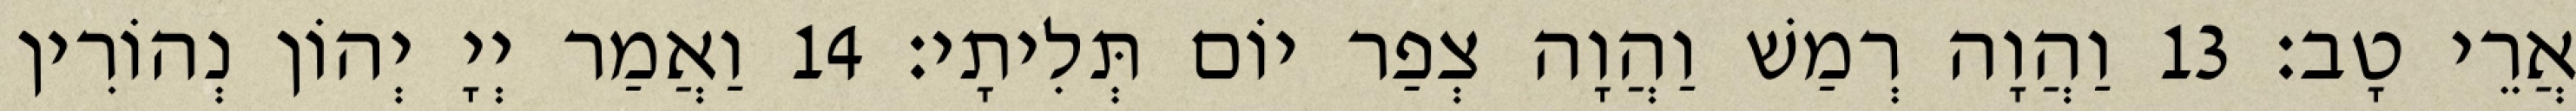
אֲרֵי טָב׃ 13 וַהֲוָה רְמַשׁ וַהֲוָה צְפַר יוֹם תְּלִיתָי׃ 14 וַאֲמַר יְיָ יְהוֹן נְהוֹרִין